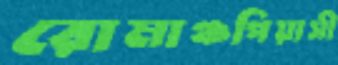
রোমাঞ্চপিয়াসী